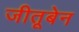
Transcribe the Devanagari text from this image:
जीतूबेन